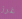
غرز